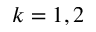
k = 1 , 2